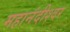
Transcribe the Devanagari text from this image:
महानंदीश्‍वर